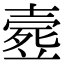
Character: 𣩉